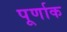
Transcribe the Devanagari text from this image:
पूर्णाक